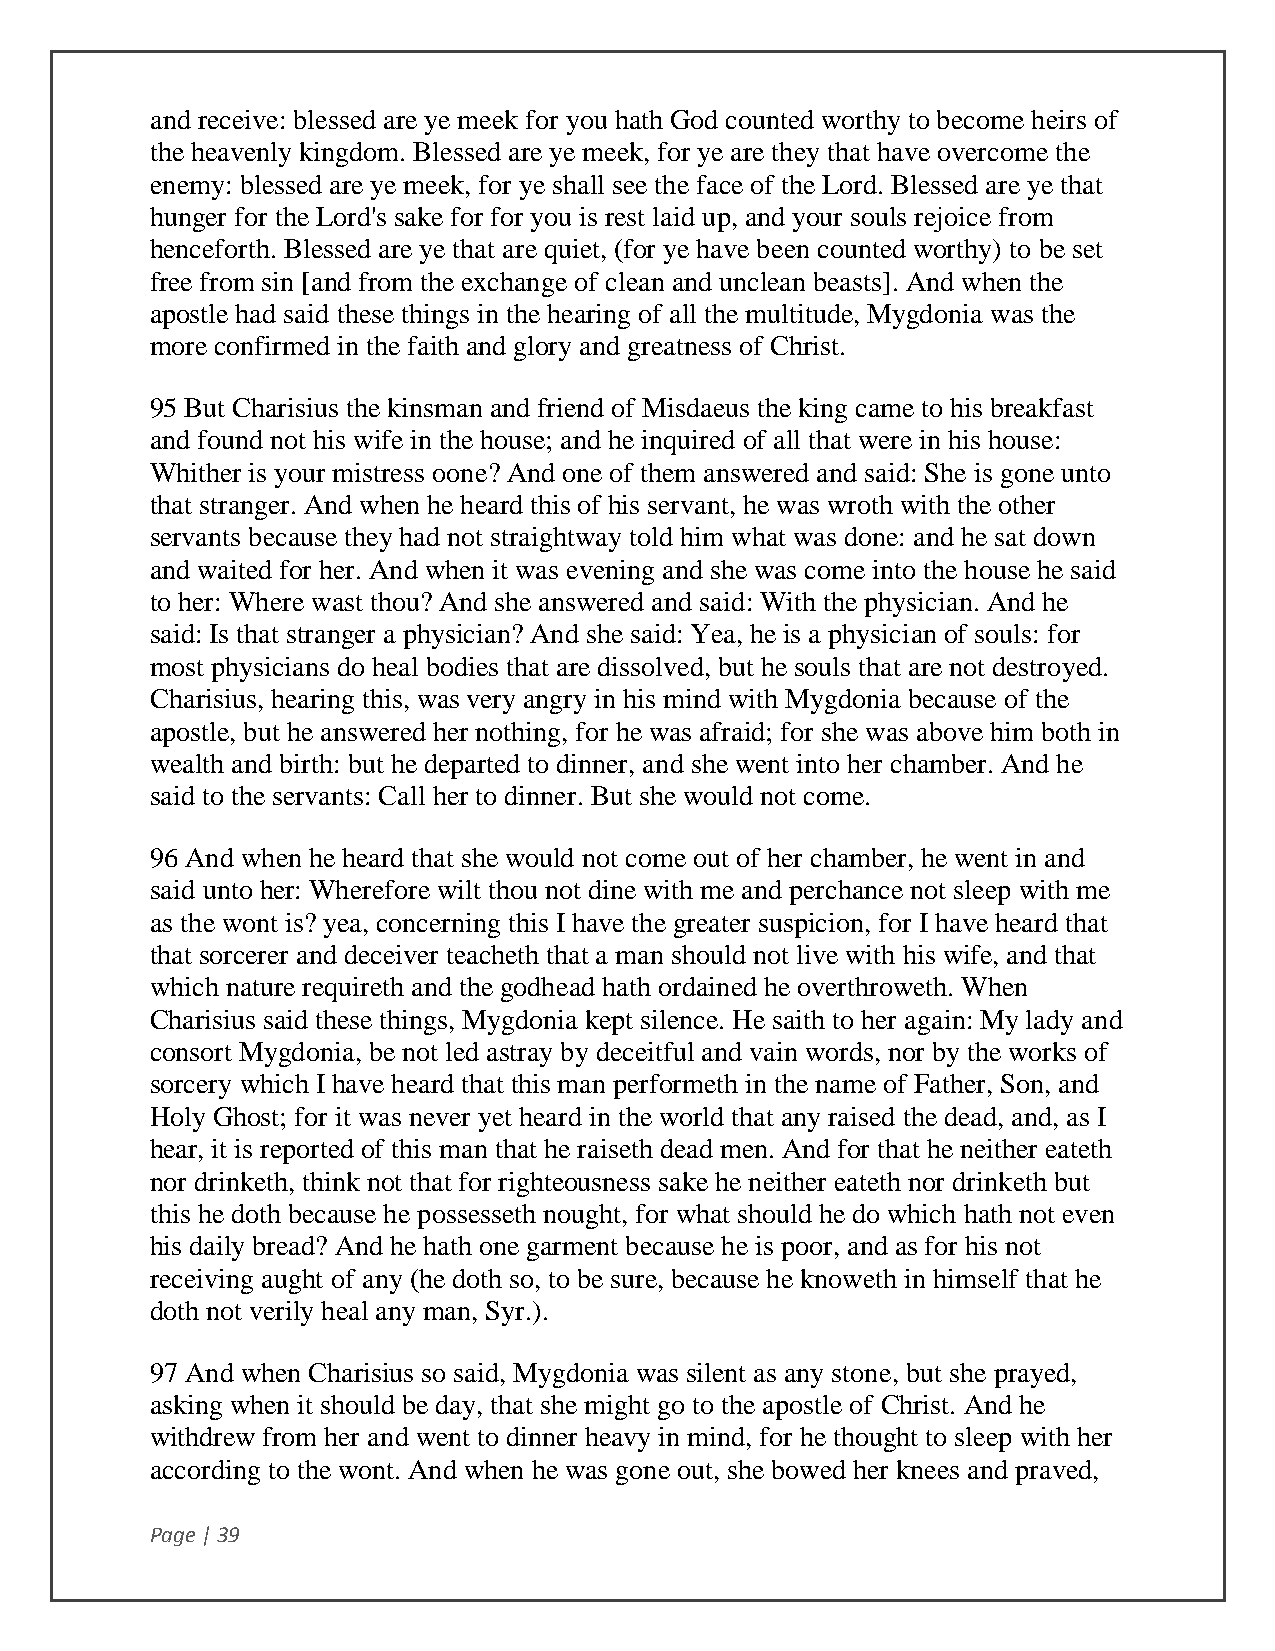
and receive: blessed are ye meek for you hath God counted worthy to become heirs of
 the heavenly kingdom. Blessed are ye meek, for ye are they that have overcome the
 enemy: blessed are ye meek, for ye shall see the face of the Lord. Blessed are ye that
 hunger for the Lord's sake for for you is rest laid up, and your souls rejoice from
 henceforth. Blessed are ye that are quiet, (for ye have been counted worthy) to be set
 free from sin [and from the exchange of clean and unclean beasts]. And when the
 apostle had said these things in the hearing of all the multitude, Mygdonia was the
 more confirmed in the faith and glory and greatness of Christ.
 95 But Charisius the kinsman and friend of Misdaeus the king came to his breakfast
 and found not his wife in the house; and he inquired of all that were in his house:
 Whither is your mistress oone? And one of them answered and said: She is gone unto
 that stranger. And when he heard this of his servant, he was wroth with the other
 servants because they had not straightway told him what was done: and he sat down
 and waited for her. And when it was evening and she was come into the house he said
 to her: Where wast thou? And she answered and said: With the physician. And he
 said: Is that stranger a physician? And she said: Yea, he is a physician of souls: for
 most physicians do heal bodies that are dissolved, but he souls that are not destroyed.
 Charisius, hearing this, was very angry in his mind with Mygdonia because of the
 apostle, but he answered her nothing, for he was afraid; for she was above him both in
 wealth and birth: but he departed to dinner, and she went into her chamber. And he
 said to the servants: Call her to dinner. But she would not come.
 96 And when he heard that she would not come out of her chamber, he went in and
 said unto her: Wherefore wilt thou not dine with me and perchance not sleep with me
 as the wont is? yea, concerning this I have the greater suspicion, for I have heard that
 that sorcerer and deceiver teacheth that a man should not live with his wife, and that
 which nature requireth and the godhead hath ordained he overthroweth. When
 Charisius said these things, Mygdonia kept silence. He saith to her again: My lady and
 consort Mygdonia, be not led astray by deceitful and vain words, nor by the works of
 sorcery which I have heard that this man performeth in the name of Father, Son, and
 Holy Ghost; for it was never yet heard in the world that any raised the dead, and, as I
 hear, it is reported of this man that he raiseth dead men. And for that he neither eateth
 nor drinketh, think not that for righteousness sake he neither eateth nor drinketh but
 this he doth because he possesseth nought, for what should he do which hath not even
 his daily bread? And he hath one garment because he is poor, and as for his not
 receiving aught of any (he doth so, to be sure, because he knoweth in himself that he
 doth not verily heal any man, Syr.).
 97 And when Charisius so said, Mygdonia was silent as any stone, but she prayed,
 asking when it should be day, that she might go to the apostle of Christ. And he
 withdrew from her and went to dinner heavy in mind, for he thought to sleep with her
 according to the wont. And when he was gone out, she bowed her knees and praved,
 Page | 39